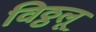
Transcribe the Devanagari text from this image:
विठ्ठलू